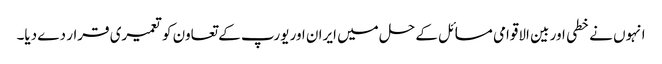
انہوں نے خطی اور بین الاقوامی مسائل کے حل میں ایران اور یورپ کے تعاون کو تعمیری قرار دے دیا۔